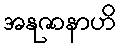
အနုဇာနာဟိ